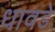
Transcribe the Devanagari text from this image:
धावडे